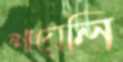
শায়েলি